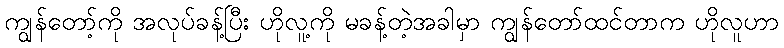
ကျွန်တော့်ကို အလုပ်ခန့်ပြီး ဟိုလူ့ကို မခန့်တဲ့အခါမှာ ကျွန်တော်ထင်တာက ဟိုလူဟာ